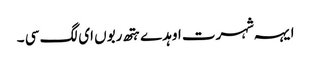
ایہہ شہرت اوہد ے ہتھ ربوں ای لگ سی ۔